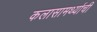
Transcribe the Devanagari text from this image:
कलासामर्थ्याची